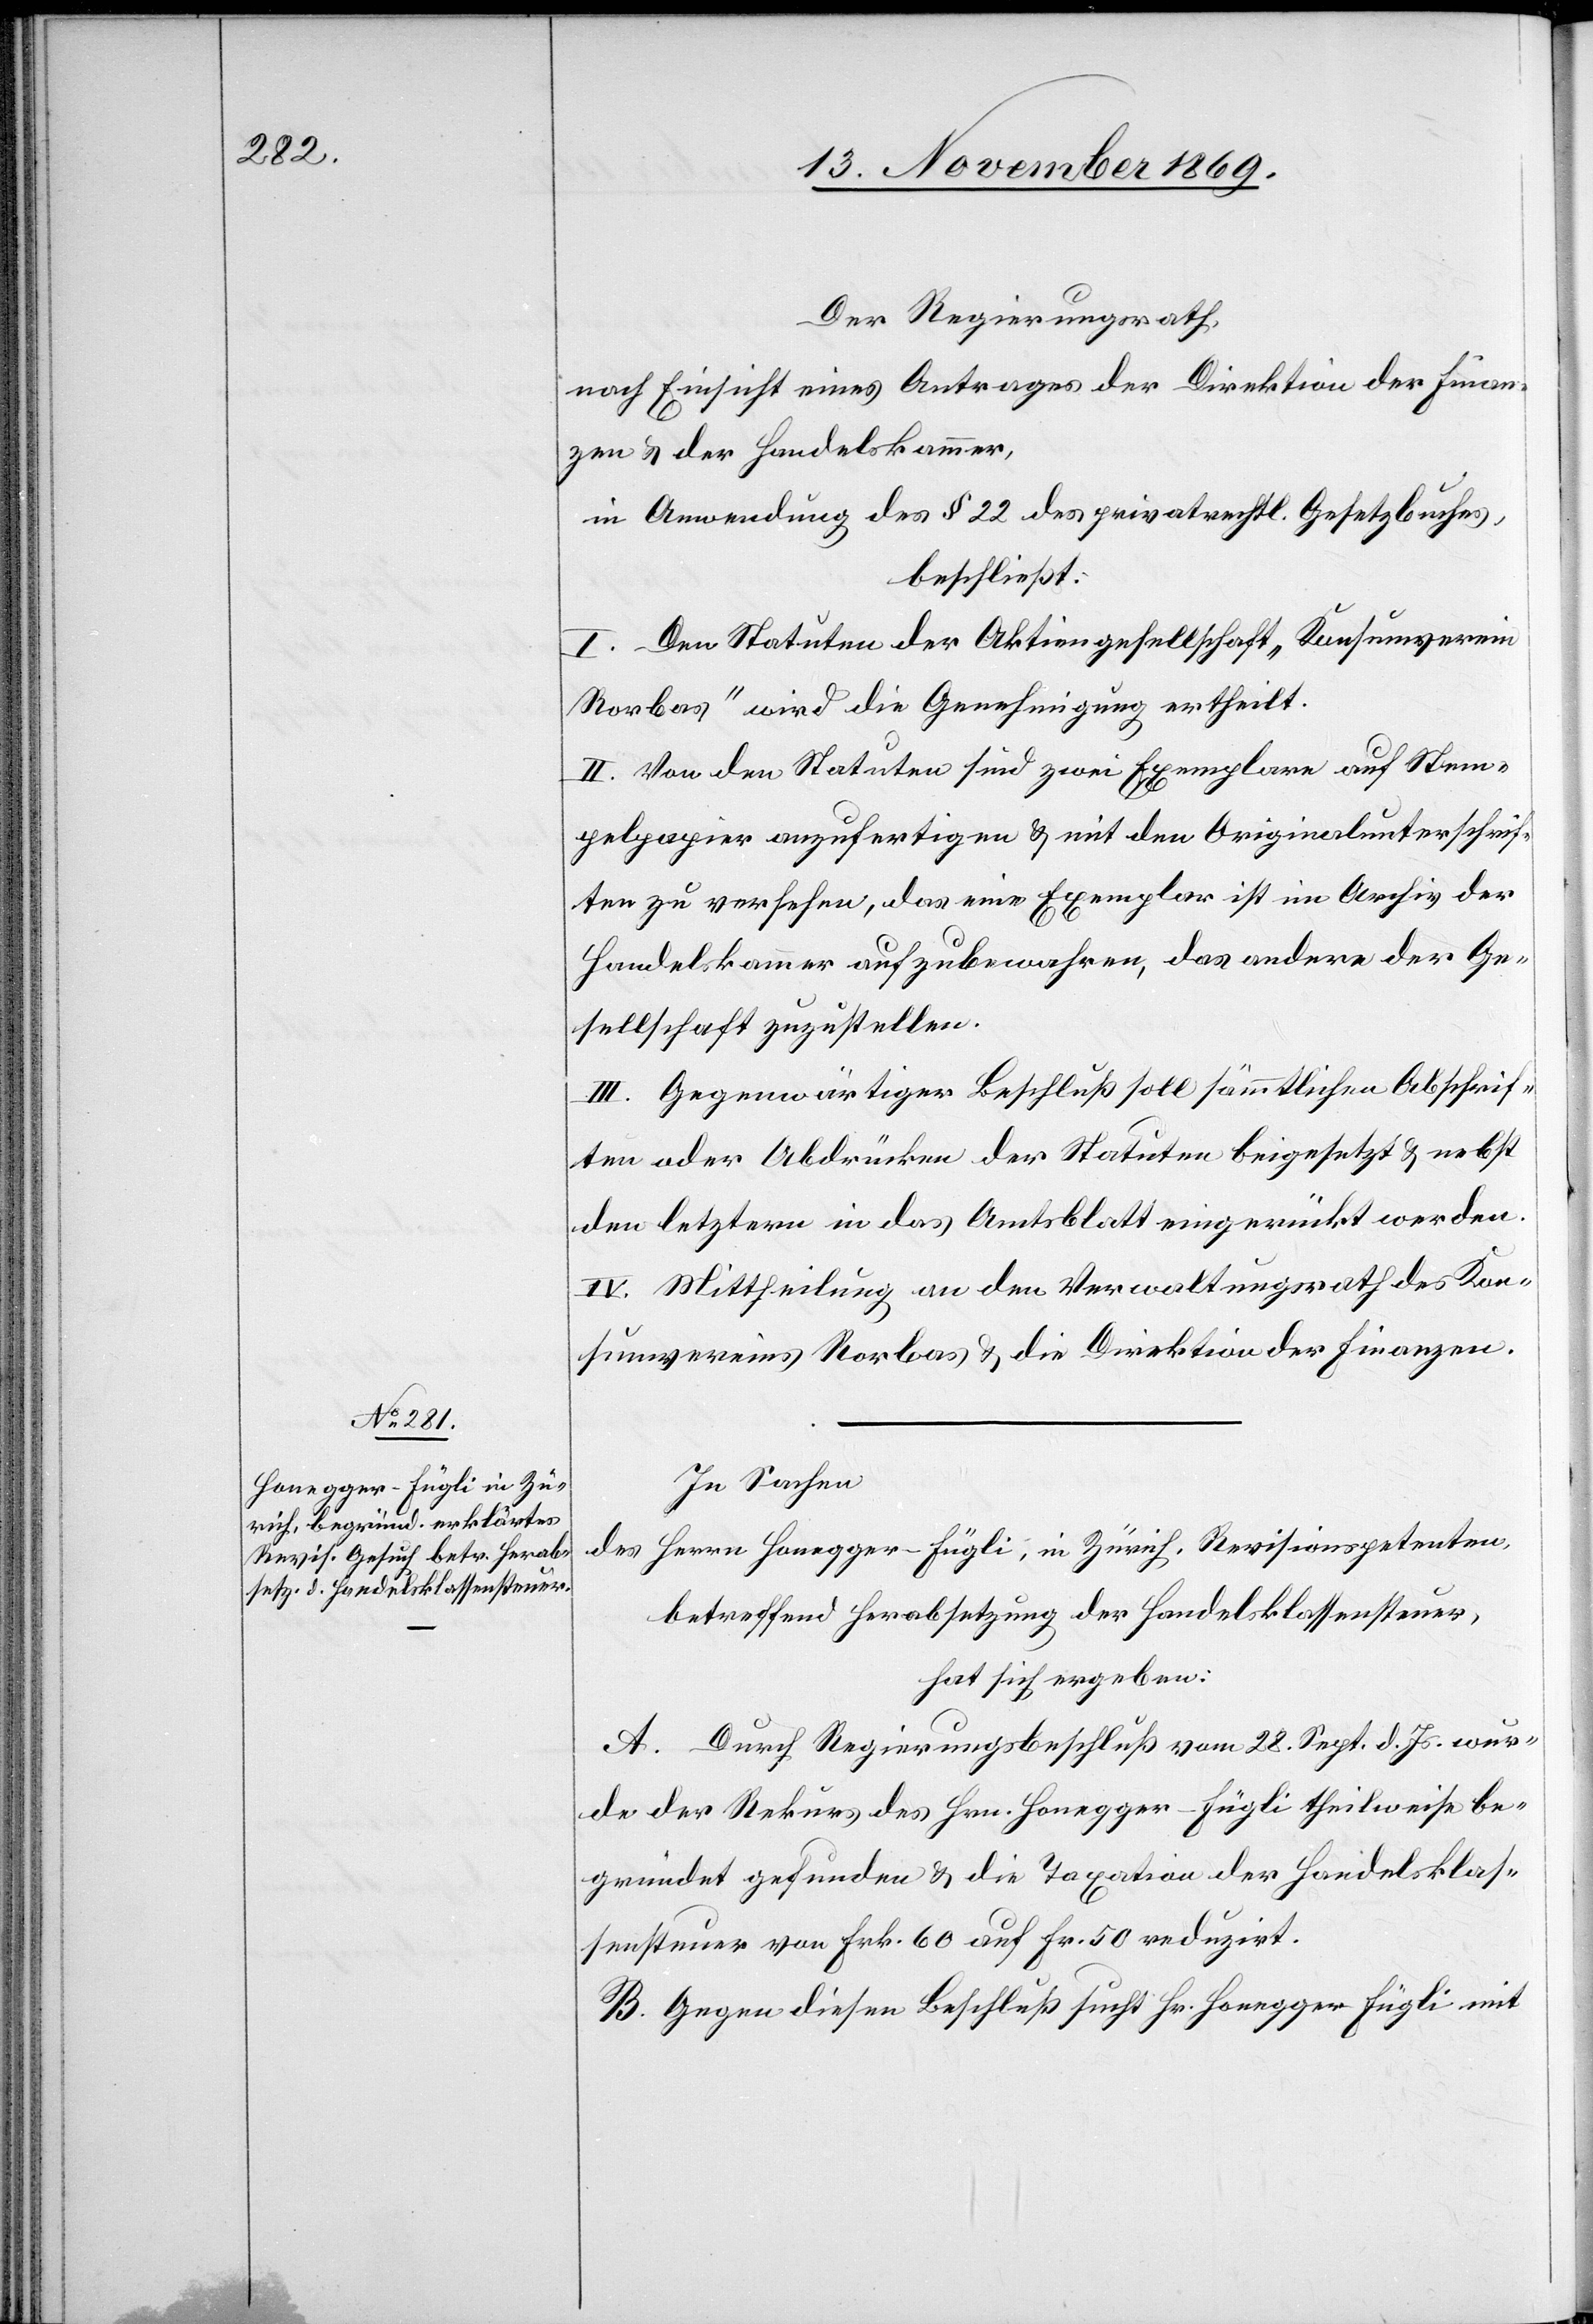
Der Regierungsrath
nach Einsicht eines Antrages der Direktion der Finan¬
zen & der Handelskammer,
in Anwendung des § 22 des privatrechtl. Gesetzbuches,
beschließt:
I. Den Statuten der Aktiengesellschaft „Konsumverein
Rorbas“ wird die Genehmigung ertheilt.
II. Von den Statuten sind zwei Exemplare auf Stem¬
pelpapier anzufertigen & mit den Originalunterschrif¬
ten zu versehen, das eine Exemplar ist im Archiv der
Handelskammer aufzubewahren, das andere der Ge¬
sellschaft zuzustellen.
III. Gegenwärtiger Beschluß soll sämmtlichen Abschrif¬
ten oder Abdrücken der Statuten beigesetzt & nebst
den letztern in das Amtsblatt eingerückt werden.
IV. Mittheilung an den Verwaltungsrath des Kon¬
sumvereins Rorbas & die Direktion der Finanzen.
In Sachen
des Herrn Honegger-Fügli, in Zürich, Revisionspetenten,
betreffend Herabsetzung der Handelsklassensteuer,
hat sich ergeben:
A. Durch Regierungsbeschluß vom 28. Sept. d. Js. wur¬
de der Rekurs des Hrn. Honegger-Fügli theilweise be¬
gründet gefunden & die Taxation der Handelsklas¬
sensteuer von Frk. 60 auf Fr. 50 reduzirt.
B. Gegen diesen Beschluß sucht Hr. Honegger-Fügli mit